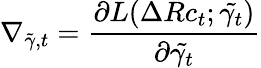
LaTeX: \nabla_{\tilde{\gamma},t}=\frac{\partial L(\Delta Rc_{t};\tilde{\gamma_{t}})}{\partial\tilde{\gamma_{t}}}